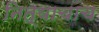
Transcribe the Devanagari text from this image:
नित्याचाच